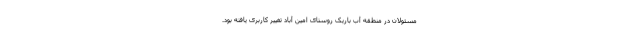
مسئولان در منطقه آب باریک روستای امین آباد تغییر کاربری یافته بود.